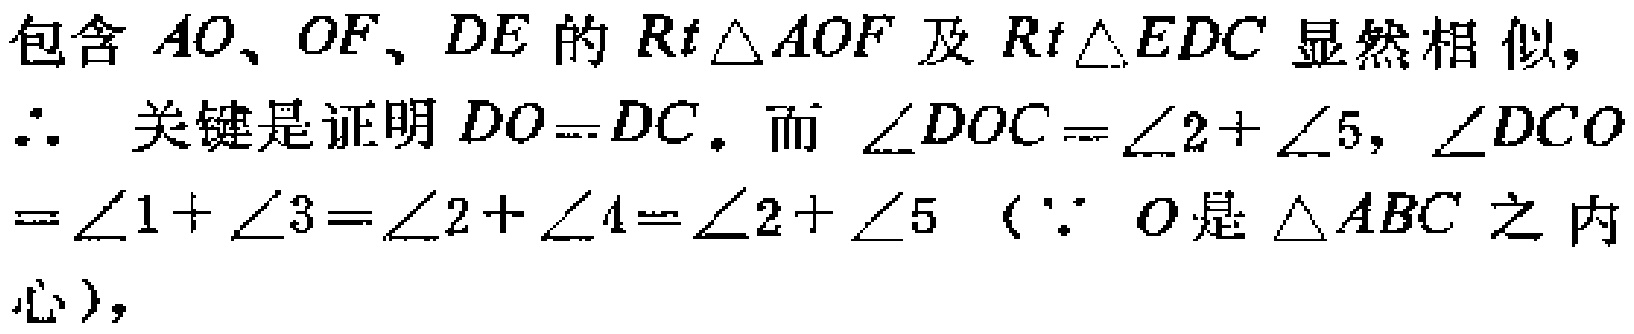
包含 \(AO、OF、DE\) 的 \(Rt\triangle AOF\) 及 \(Rt\triangle EDC\) 显然相似,
\(\therefore\) 关键是证明 \(DO = DC\). 而 \(\angle DOC=\angle 2+\angle 5\), \(\angle DCO\)
\(=\angle 1+\angle 3=\angle 2+\angle 4=\angle 2+\angle 5\)（\(\because\) \(O\) 是 \(\triangle ABC\) 之内
心），